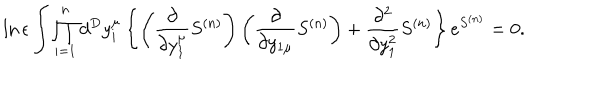
\ln \epsilon \int \prod _ { i = 1 } ^ { n } d ^ { D } y _ { i } ^ { \mu } \left\{ \left( { \frac { \partial } { \partial y _ { 1 } ^ { \mu } } } S ^ { ( n ) } \right) \left( { \frac { \partial } { \partial y _ { 1 \mu } } } S ^ { ( n ) } \right) + { \frac { \partial ^ { 2 } } { \partial y _ { 1 } ^ { 2 } } } S ^ { ( n ) } \right\} e ^ { S ^ { ( n ) } } = 0 .